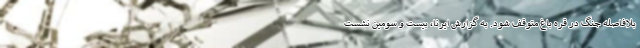
بلافاصله جنگ در قره باغ متوقف شود. به گزارش ایرنا، بیست و سومین نشست